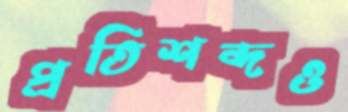
প্রতিশব্দও